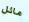
مائل